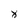
Character: 8